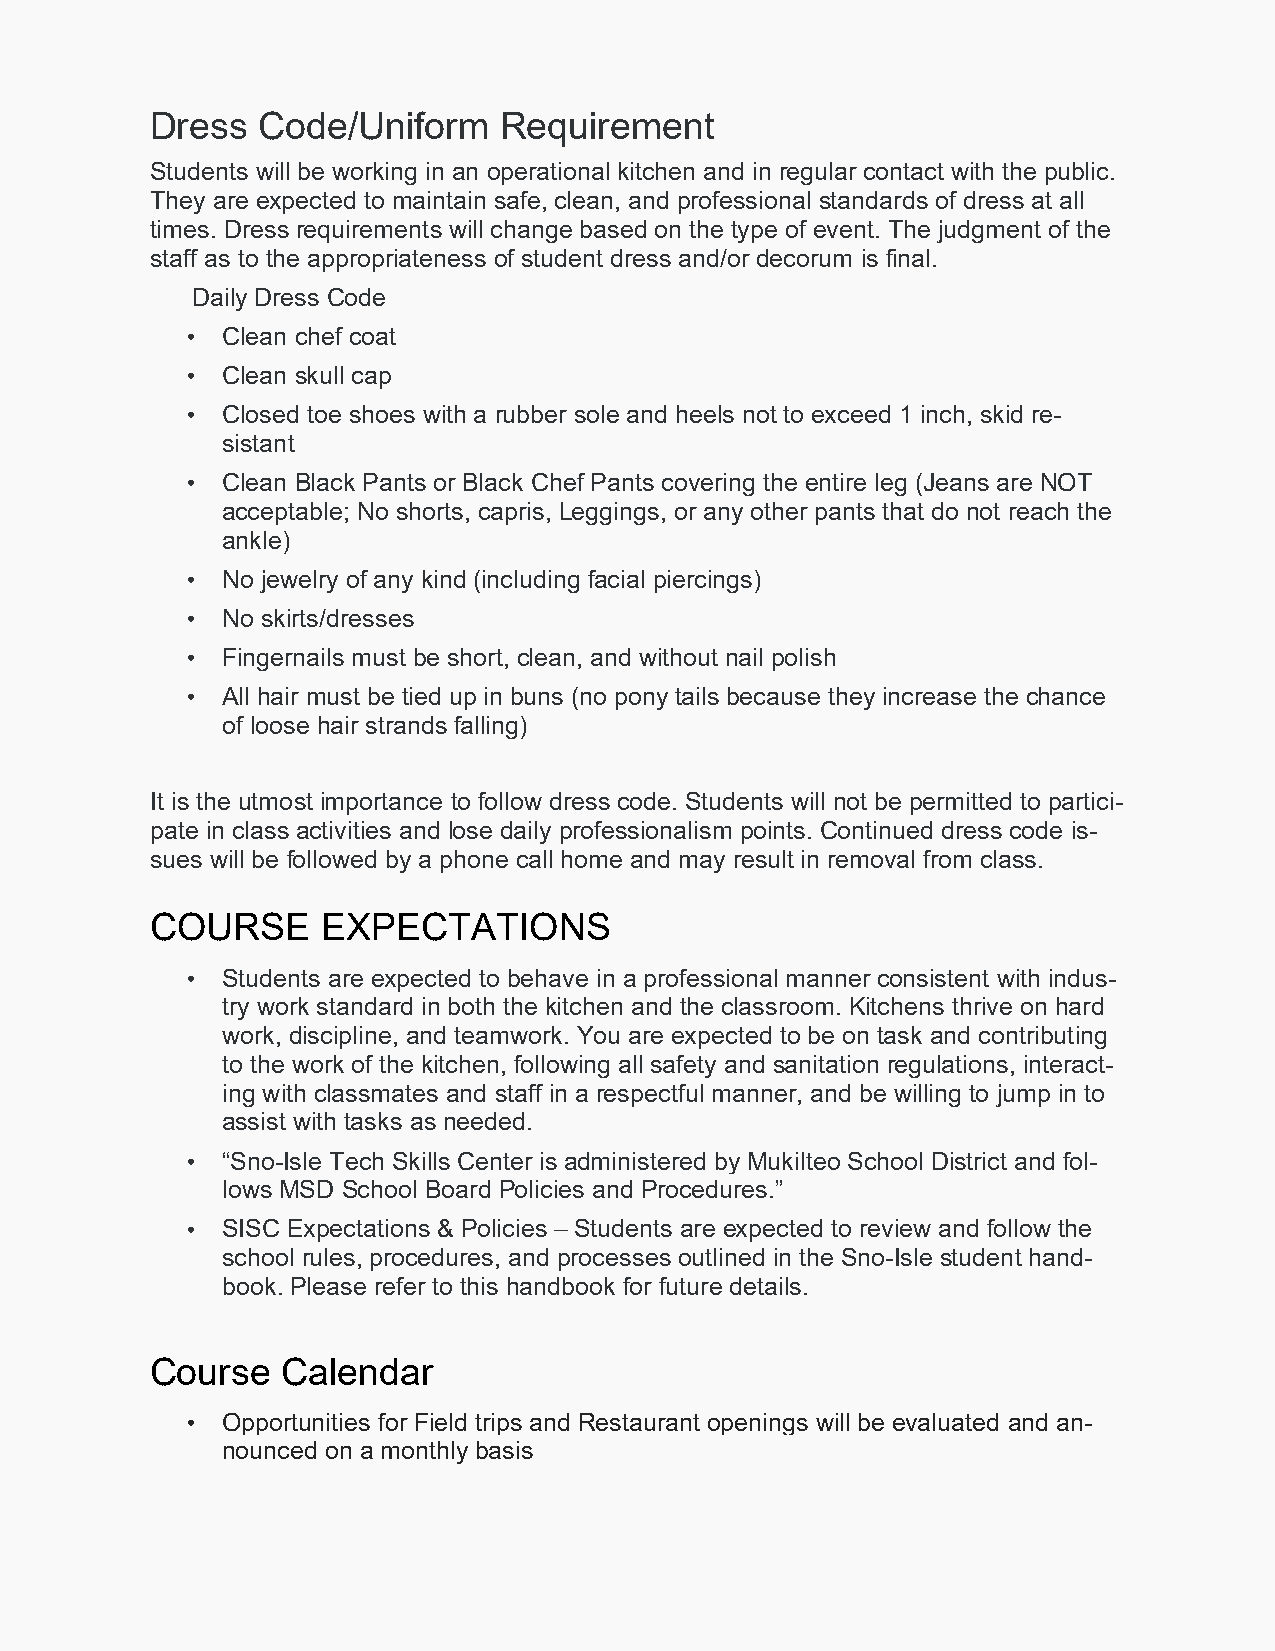
Dress  Code/Uniform    Requirement
 Students will be working in an operational kitchen and in regular contact with the public.
 They are expected to maintain safe, clean, and professional standards of dress at all
 times. Dress requirements will change based on the type of event. The judgment of the
 staff as to the appropriateness of student dress and/or decorum is final.
 Daily Dress Code
 •  Clean chef coat
 •  Clean skull cap
 •  Closed toe shoes with a rubber sole and heels not to exceed 1 inch, skid re-
 sistant
 •  Clean Black Pants or Black Chef Pants covering the entire leg (Jeans are NOT
 acceptable; No shorts, capris, Leggings, or any other pants that do not reach the
 ankle)
 •  No jewelry of any kind (including facial piercings)
 •  No skirts/dresses
 •  Fingernails must be short, clean, and without nail polish
 •  All hair must be tied up in buns (no pony tails because they increase the chance
 of loose hair strands falling)
 It is the utmost importance to follow dress code. Students will not be permitted to partici-
 pate in class activities and lose daily professionalism points. Continued dress code is-
 sues will be followed by a phone call home and may result in removal from class.
 COURSE     EXPECTATIONS
 •  Students are expected to behave in a professional manner consistent with indus-
 try work standard in both the kitchen and the classroom. Kitchens thrive on hard
 work, discipline, and teamwork. You are expected to be on task and contributing
 to the work of the kitchen, following all safety and sanitation regulations, interact-
 ing with classmates and staff in a respectful manner, and be willing to jump in to
 assist with tasks as needed.
 •  “Sno-Isle Tech Skills Center is administered by Mukilteo School District and fol-
 lows MSD School Board Policies and Procedures.”
 •  SISC Expectations & Policies – Students are expected to review and follow the
 school rules, procedures, and processes outlined in the Sno-Isle student hand-
 book. Please refer to this handbook for future details.
 Course   Calendar
 •  Opportunities for Field trips and Restaurant openings will be evaluated and an-
 nounced on a monthly basis